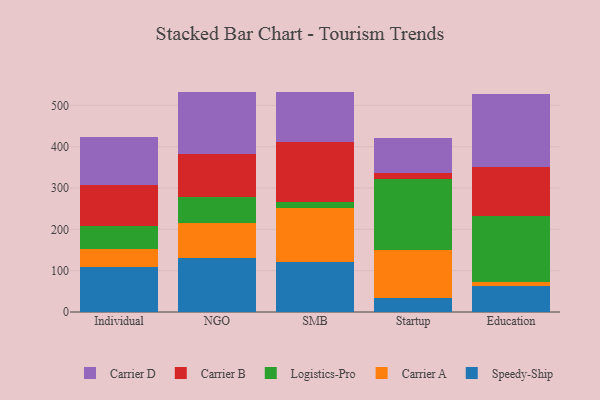
{"axis": {"x": "Segment", "y": "Latency (ms)"}, "legend": ["Carrier A", "Carrier B", "Carrier D", "Logistics-Pro", "Speedy-Ship"], "data": [{"x": "Individual", "y": 109.0, "type": "Speedy-Ship"}, {"x": "Individual", "y": 44.0, "type": "Carrier A"}, {"x": "Individual", "y": 55.1, "type": "Logistics-Pro"}, {"x": "Individual", "y": 100.2, "type": "Carrier B"}, {"x": "Individual", "y": 116.1, "type": "Carrier D"}, {"x": "NGO", "y": 131.7, "type": "Speedy-Ship"}, {"x": "NGO", "y": 84.4, "type": "Carrier A"}, {"x": "NGO", "y": 62.6, "type": "Logistics-Pro"}, {"x": "NGO", "y": 102.6, "type": "Carrier B"}, {"x": "NGO", "y": 151.3, "type": "Carrier D"}, {"x": "SMB", "y": 121.0, "type": "Speedy-Ship"}, {"x": "SMB", "y": 130.5, "type": "Carrier A"}, {"x": "SMB", "y": 15.8, "type": "Logistics-Pro"}, {"x": "SMB", "y": 143.3, "type": "Carrier B"}, {"x": "SMB", "y": 122.7, "type": "Carrier D"}, {"x": "Startup", "y": 34.5, "type": "Speedy-Ship"}, {"x": "Startup", "y": 116.6, "type": "Carrier A"}, {"x": "Startup", "y": 171.2, "type": "Logistics-Pro"}, {"x": "Startup", "y": 13.6, "type": "Carrier B"}, {"x": "Startup", "y": 84.3, "type": "Carrier D"}, {"x": "Education", "y": 63.7, "type": "Speedy-Ship"}, {"x": "Education", "y": 9.3, "type": "Carrier A"}, {"x": "Education", "y": 158.2, "type": "Logistics-Pro"}, {"x": "Education", "y": 120.6, "type": "Carrier B"}, {"x": "Education", "y": 175.0, "type": "Carrier D"}]}